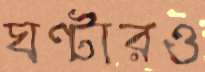
ঘণ্টারও